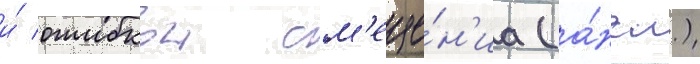
и́ ошибкои см'еще́н'иа (а́нгл.)